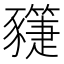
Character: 𧲌